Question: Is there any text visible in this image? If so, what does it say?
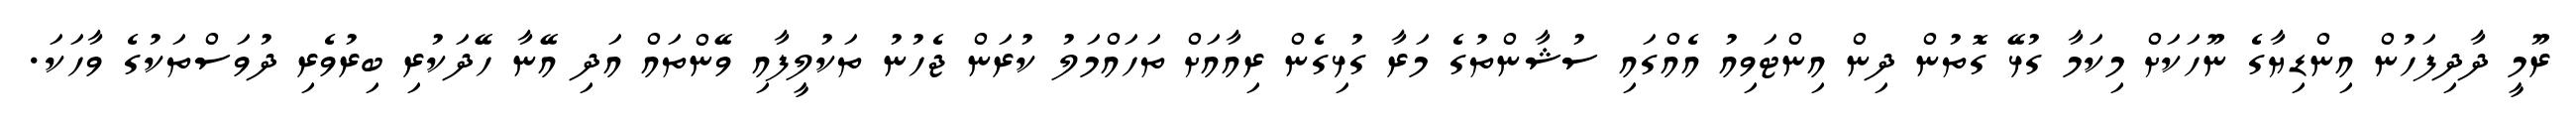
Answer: ރޫމީ ދާދިފަހުން އިންޑިޔާގެ ނޫހަކަށް މިކަމާ ގުޅޭ ގޮތުން ދިން އިންޓަވިއު އެއްގައި ސުޝާންތުގެ މަރާ ގުޅިގެން ރިއާއަށް ތަހައްމަލު ކުރަން ޖެހުނު ތަކުލީފާއި ވޭންތައް އަދި އޭނާ ހޭދަކުރި ބިރުވެރި ދުވަސްތަކުގެ ވާހަކަ.